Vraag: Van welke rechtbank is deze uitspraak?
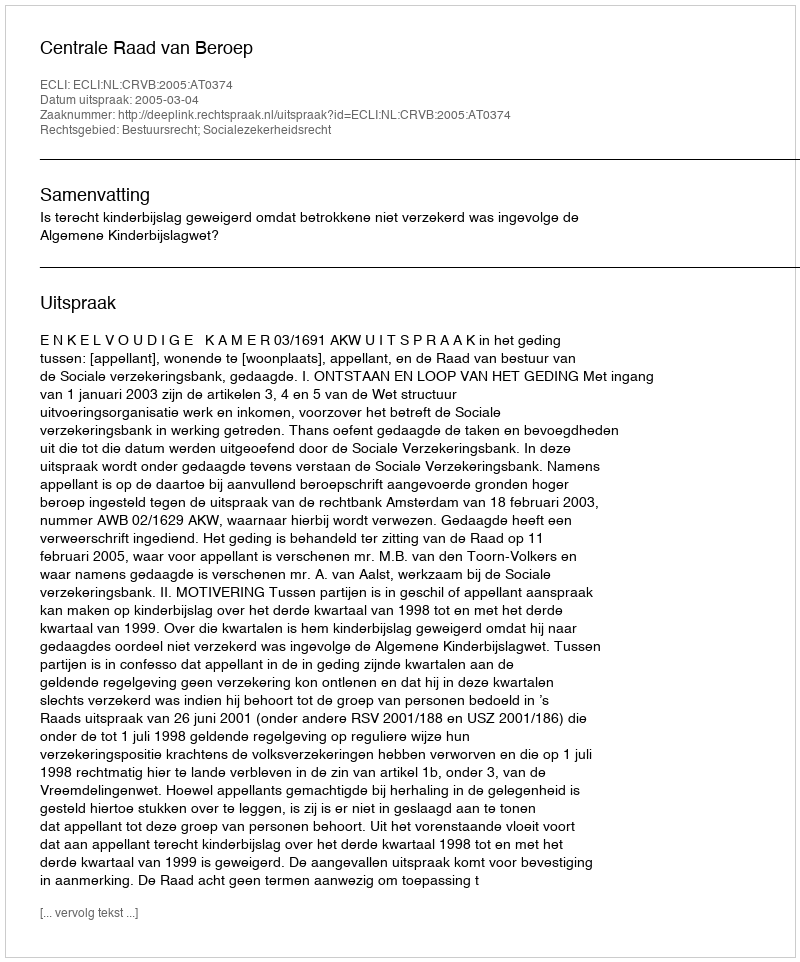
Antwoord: Centrale Raad van Beroep